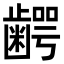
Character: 𮯋